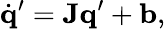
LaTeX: \dot{\mathbf{q}}^{\prime}=\mathbf{J}\mathbf{q}^{\prime}+\mathbf{b},